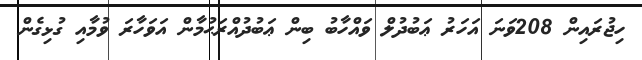
ހިޖުރައިން 208ވަނަ އަހަރު ޢަބުދުލް ވައްހާބު ބިން ޢަބުދުއްރަޙުމާން އަވަހާރަ ވުމާއި ގުޅިގެން